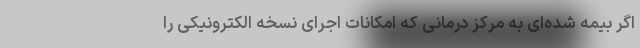
اگر بیمه شده‌ای به مرکز درمانی که امکانات اجرای نسخه الکترونیکی را